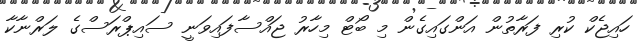
ހައިޖެކް ކުރި ފަރާތުން އަންގައިގެން މި ބޯޓް މިހާރު ޖައްސާފައިވަނީ ސައިޕްރަސްގެ ލަރްނާކާ